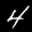
Label: 4